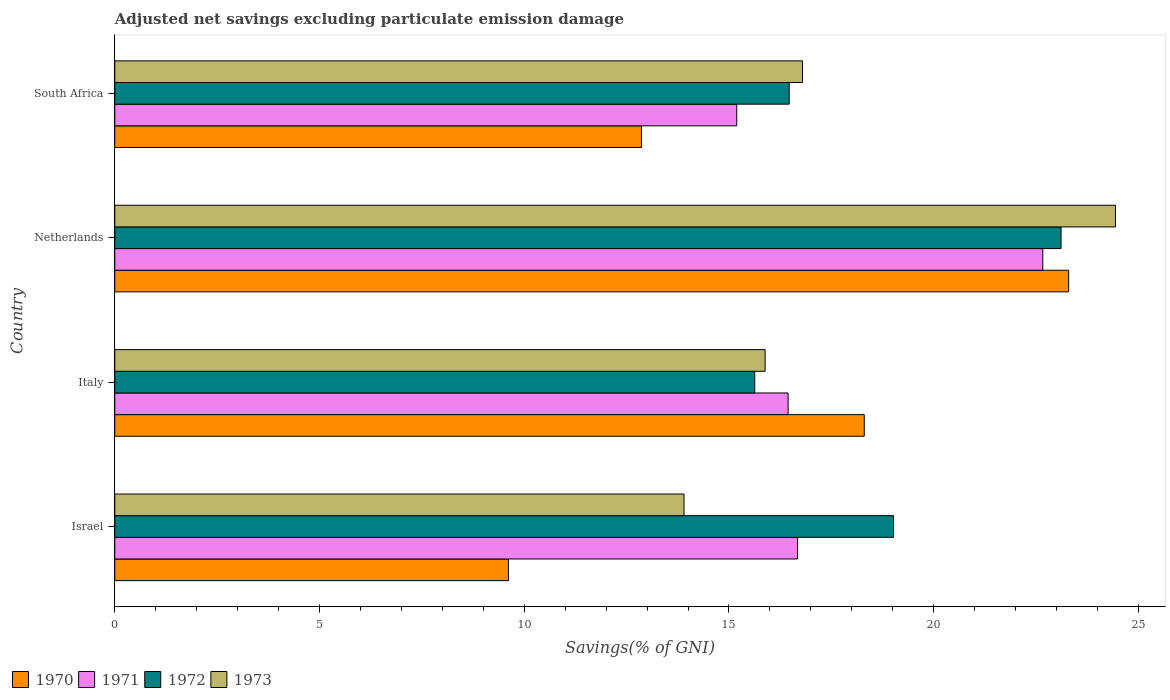
| Country | 1970 | 1971 | 1972 | 1973 |
 | --- | --- | --- | --- | --- |
 | Israel | 9.61 | 16.7 | 19 | 13.9 |
 | Italy | 18.3 | 16.4 | 15.6 | 15.9 |
 | Netherlands | 23.3 | 22.7 | 23.1 | 24.4 |
 | South Africa | 12.9 | 15.2 | 16.5 | 16.8 |